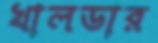
খালডার